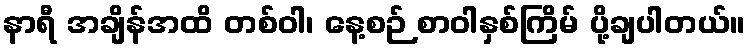
နာရီ အချိန်အထိ တစ်ဝါ၊ နေ့စဉ် စာဝါနှစ်ကြိမ် ပို့ချပါတယ်။